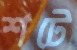
শটে